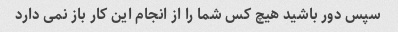
سپس دور باشید هیچ کس شما را از انجام این کار باز نمی دارد